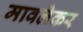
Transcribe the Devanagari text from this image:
मावलेकर